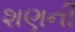
શણની